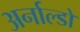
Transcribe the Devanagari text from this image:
अर्नाल्डो